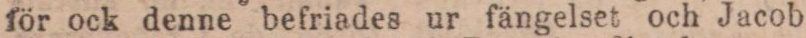
för ock denne befriades ur fängelset och Jacob